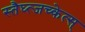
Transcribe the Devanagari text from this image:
स्तैघ्त्जच्केत्स्